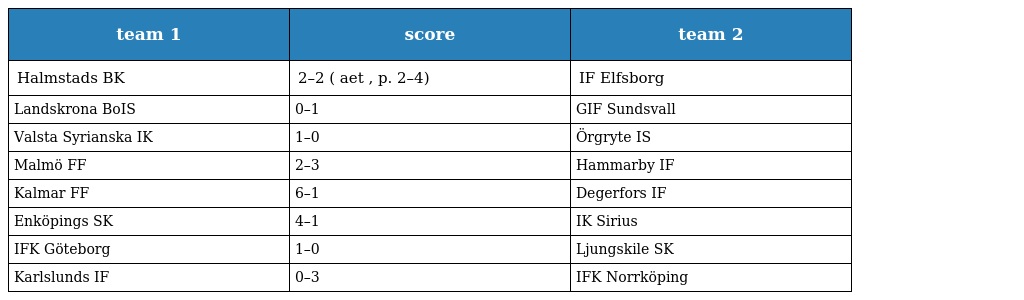
| team 1 | score | team 2 |
 | --- | --- | --- |
 | Halmstads BK | 2–2 ( aet , p. 2–4) | IF Elfsborg |
 | Landskrona BoIS | 0–1 | GIF Sundsvall |
 | Valsta Syrianska IK | 1–0 | Örgryte IS |
 | Malmö FF | 2–3 | Hammarby IF |
 | Kalmar FF | 6–1 | Degerfors IF |
 | Enköpings SK | 4–1 | IK Sirius |
 | IFK Göteborg | 1–0 | Ljungskile SK |
 | Karlslunds IF | 0–3 | IFK Norrköping |